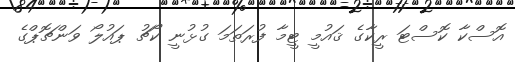
އޮސްކާ ކޮސްޓަ ރީކާގެ ޤައުމީ ޓީމާ ފުރަތަމަ ގުޅުނީ ކޯޗު ޕައުލޯ ވަންޗޮޕްގެ